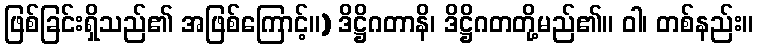
ဖြစ်ခြင်းရှိသည်၏ အဖြစ်ကြောင့်။) ဒိဋ္ဌိဂတာနိ၊ ဒိဋ္ဌိဂတတို့မည်၏။ ဝါ၊ တစ်နည်း။